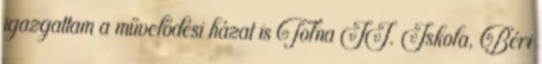
igazgattam a művelődési házat is Tolna II. Iskola, Béri